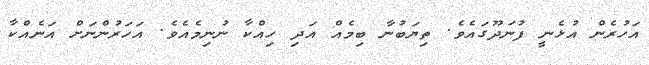
އަހުރެން އުޅެނީ ފުނަދޫގައެވެ. ތިޔަބުނާ ބިމެއް އަދި ހިއްކާ ނުނިމެއެވެ. އަހަރުންނަށް އަނެއްކާ